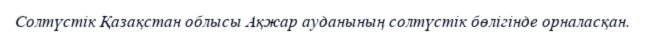
Солтүстік Қазақстан облысы Ақжар ауданының солтүстік бөлігінде орналасқан.